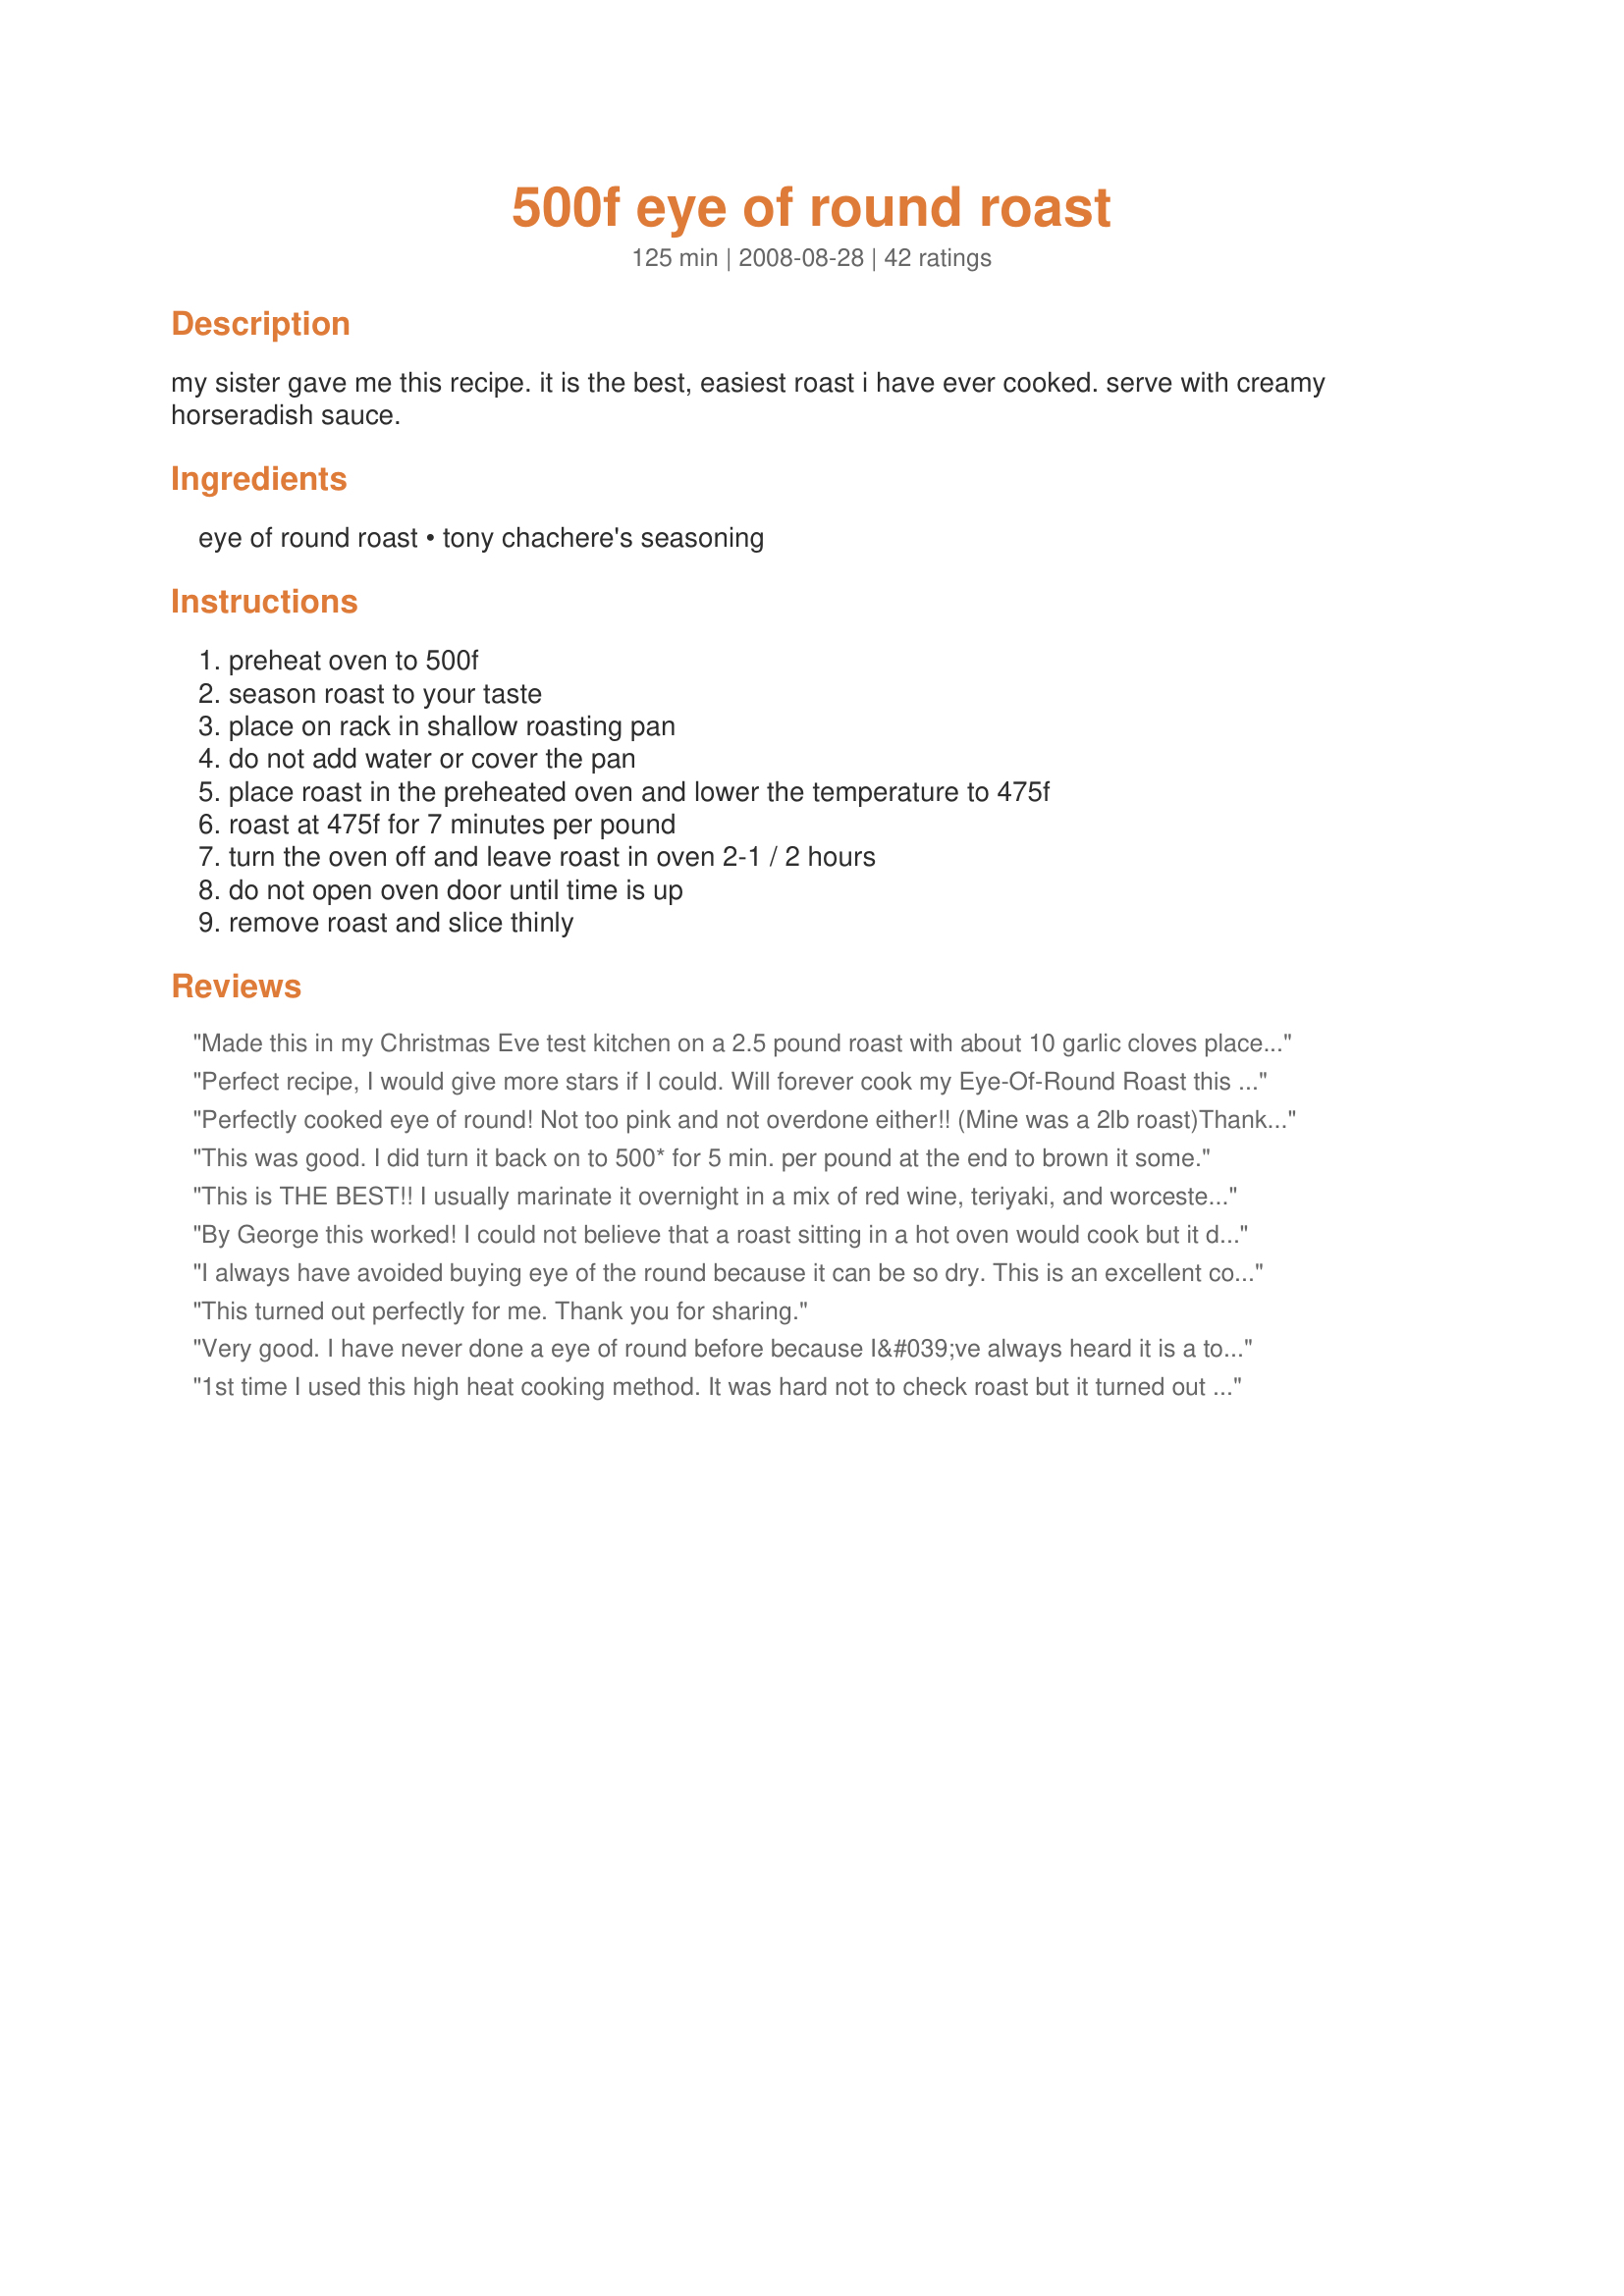
500f eye of round roast
Preparation time: 125 minutes

my sister gave me this recipe. it is the best, easiest roast i have ever cooked. serve with creamy horseradish sauce.

Ingredients:
eye of round roast, tony chachere's seasoning

Steps:
preheat oven to 500f, season roast to your taste, place on rack in shallow roasting pan, do not add water or cover the pan, place roast in the preheated oven and lower the temperature to 475f, roast at 475f for 7 minutes per pound, turn the oven off and leave roast in oven 2-1 / 2 hours, do not open oven door until time is up, remove roast and slice thinly

Reviews:
Made this in my Christmas Eve test kitchen on a 2.5 pound roast with about 10 garlic cloves placed in slices made in top, then rubbed with 3 T fresh rosemary and 1 T cracked pepper and 3 T Famous Dave's Steak Seasoning .... served with horseradish sauce ... this passed the test and is highly likely to be on my Christmas Eve menu .... delish!
Perfect recipe, I would give more stars if I could. Will forever cook my Eye-Of-Round Roast this way.
Perfectly cooked eye of round! Not too pink and not overdone either!! (Mine was a 2lb roast)<br/>Thanks Susie!!
This was good. I did turn it back on to 500* for 5 min. per pound at the end to brown it some.
This is THE BEST!! I usually marinate it overnight in a mix of red wine, teriyaki, and 
worcestershire sauce. The roast is always tender, juicy and pink
on the inside. Great
recipe!!!!
By George this worked! I could not believe that a roast sitting in a hot oven would cook but it did and turned out perfectly moist, tender and pink. I have never been able to make a good medium rare one before. Mine usually were dry and overcooked. No more dry eye roasts for me! I just bought 2 large eye round roasts that I had the butcher cut into 6 small roasts. I am going to do another to make some juicy French dip sandwiches. I seasoned mine with Adobe and Emeril Essence. It was delicious and so very very easy. Thank you Susie!!
I always have avoided buying eye of the round because it can be so dry. This is an excellent cooking method: pink for me and darker for husband.
This turned out perfectly for me. Thank you for sharing.
Very good. I have never done a eye of round before because I&#039;ve always heard it is a tough cut of meat. A local store had eye roasts for a low price so I bought one and found this recipe. I rolled my roast around in some Tony C&#039;s, kosher salt, and black pepper. Just like the pictures my roast came out fantastic, nice and pink warm and juicy. I have always been a chuck roast guy but this was really good kinda like a cheep ever so slightly chewy prime rib thing going on. Left overs made great french dips a couple of days later. Well done Susie
1st time I used this high heat cooking method. It was hard not to check roast but it turned out great. I seared it in hot olive oil first and sprinkled with montreal steak seasoning and garlic salt. I kept the oven at 500* for my 1 1/2 pound roast for 10 minutes. Turned oven off for 1 1/2 hr - hub loved it - was pink in the middle and juicy.
I'm a fan!!! My family loves eye roasts because they are so lean, and our roast was cooked perfectly (and also very juicy). I bought a 2-pound roast because I wasn't sure how it would turn out. My oven has a fan that kicks in when the oven is turned off, and I wasn't sure if the oven would cool off too quickly and cause the roast to be uncooked -- but that was not an issue at all. Next time, I'll make a bigger roast so we have more leftovers for sandwiches. Thanks so much!
Thank you for this great recipe.The roast was just the way we like it moist,tender and medium rare.I prepared it with McCormick's Grill Mates Montreal Steak seasoning.I turned the oven back on at the end for 10min.@350 just to warm slightly.,this is a keeper .Thanks again
My go-to eye of round recipe! I salt/pepper/olive oil the beef sometimes, instead of using Tony C's. Sliced thin, the leftovers make great sandwiches (I do paninis with provolone cheese and rosemary.)
great recipe! Followed the directions exactly, except for the seasoning. I used a pepper seasoning I have, mixed with a bit of cayenne for some heat. Turned out beautiful. I shaved the meat for roast beef sandwiches for the week. Much tastier and healthier and cheaper than buying cold cuts. Hubby is very happy right now! Thank you for sharing this recipe, I will be making it often!
Easy and tastes good. Makes wonderful lean beef slices and works for many recipes later in the week. Cook once and use twice. To brown it more, try 500* for 5 minutes a pound before turning the oven off.
Mmmmmm!!! Roast came out crusty and savory on the outside, butter-tender on the inside. I seasoned with salt and pepper, then brushed w/oil, smart balance, crushed garlic, rosemary and thyme. I also tied mine to shape it before roasting - I assume most people do(?) Tasted like a much more expensive cut. Even the fully cooked end pieces were tender and flavorful. Leftovers are pink enough to reheat without losing texture. Winner!
Wow! What a perfect way to cook an eye roast. This turned out awesome. I rubbed the roast with Adobo and black pepper. It was cooked to perfection, moist and delicious. I'll be looking for eye of round roast sales in the future.
The downside: I actually picked this recipe because I was hoping to recreate a dish that a friend's dad made years back (Mom was given the recipe, lost it, and now he's passed away and the kids don't remember the recipe), but this isn't it. The upside: I love deli roast beef, and now I can make my own at home! I used Lawry's Seasoned Salt instead of the Tony Chachere's Seasoning, but I followed the cooking instructions as written for a 2.3lb roast. The finished roast was nice, juicy and pink inside, perfect to slice thinly for sandwiches later. DH won't touch it because he's Mr. "Very well done, please", but that's his loss. I, on the other hand, like my beef about 5 minutes from mooing, so this is perfection to me (and yes, we cringe at each other's plates when we go to a steakhouse for dinner lol). I'll definitely be making this again, because I think Mom and Dad would love this, too. Thanks for posting! Made for PAC Spring 09
Wow... this worked. I even got worried about the cooking temp (because I was stupid and didn't put the meat therm in before I stuck it in the oven) and re-baked it to a high enough temp for my liking, and it still turned out - maybe not as tender as otherwise, but certainly edible. Yay, I didn't kill the roast...
I first found this recipe on AllRecipes.com; it is the best and easiest way to roast a tough piece of meat making it so tender and delicious.
Tony would be so proud!
I don't have Tony Chachere's Seasoning, so I use McCormick's Grill Mates Montreal Seasoning. This is an awesome recipe! Moist, tender & comes out just the way I like it.
This is going to be well done. Slice it very thin and serve with horseradish sauce and a green salad.
FANTASTC! My family said it was the best roast I ever made. This recipe is a keeper. Thanks! 

Joyce/Mahwah/NJ
This was absolutely awesome! Wasn&#039;t sure how it would work and you do really have to trust the recipe. It cooked perfectly. The only thing I did was after the 2-1/2 hours, was reheat it slightly for about 4 minutes at 350*. This was perhaps the best roast we&#039;ve ever had and delightfully surprised by how it&#039;s cooked. Highly recommend and yes, it does make super delish thin slices for Roast Beef Sandwiches!
Wow!! I never would have thought that this cut of meat could be so tender. Just to let the readers know, I cooked a 10 lb roast, and it worked just as well as a smaller one. This is a great method, thanks for sharing. I would actually serve this to guests, something that I never thought I would do with eye of round. I will share this recipe with my sisters too!
This was the perfect recipe! With the temperature directions, anyways. I cooked a 5-1/4 eye of round roast at 5 minutes per pound, seasoned generously with olive oil, garlic powder, onion powder, salt and pepper. It came out a perfect medium rare, juicy and tender as could be, which I couldn't believe because it's typically such a tough cut of meat. Thanks for a wonderful recipe!
This recipe is perfect for making sandwich roast beef and easy to make.
Love this recipe! Cooks the roast just how i like it, med-rare! I told my friends about this one and they all love it!
This was perfect, except... The roast was only lukewarm after 2 1/2 hrs with the oven off. It was PERFECTLY done and DELICIOUS, but not hot enough....hmmmmm... how to solve this one????
My first review had to be for this super-easy roast! I haven&#039;t made an eye-of-round for ages - my husband and sons hate how dry and chewy they usually are. The roast was just over 2 pounds - followed directions exactly and it was juicy and perfect; tasted like a more expensive cut of beef! There were no leftovers (!), sadly - next time will go with a 3 pounder for next-day sandwiches. Horseradish sauce made it extra yummy &amp; this one has been added to my cookbook!
Was hesitant like others about just leaving it in the oven without checking on it. Turned out great. I had just over 2lbs. I quickly pan seared it, left oven at 500 for 14 min, and in off oven for 1 1/2 hrs. More tender than my usual roasts and between rare and medium rare. Looking forward to the sandwiches to be made with the leftovers. Thanks.
This roast will make you a Sunday dinner hero any day of the week! It&#039;s fool-proof and delish! I season it with Private Selection Cracked Peppercorn Seasoning Rub and serve it with horseradish sour cream sauce on the side. Makes awesome leftovers for sandwiches, wraps, tacos, beef fried rice or strips of beef for stir-fry. Thanks for sharing this awesome recipe!
Perfectly pink inside and outstanding flavor and tenderness. Good job on this recipe. It’s about my 18th time cooking it this way and it’s past time I tell you it’s just right. My husband grew up on eye round and insists on it but with my cooking it’s always been hit and miss... until now. Following your high heat method it has come out perfect and tasty every time. Thanks a lot!
I've used this method twice now when I found this on allrecipes. I plan to use it again today and I found your recipe while searching for a new spice rub combo. The first time it was perfect, the second time just a little overdone. Today I'm going to try 5-6 minutes per pound. I figure I can always cook it longer but I can't uncook it! Maybe it's just my oven but using this methods tends to make the juices platter in the oven...I don't mind but if your oven starts to smoke the next time you use it, that's why ;) UPDATE: I usually use rosemary and montreal seasoning on mine. 5 min per pound was perfect for me because I re-heat the meat a lot. I use this in many different ways: subs with grilled onion and cheese and reheated in gravy over toast...umm.
Just perfect!!!
I tried this on a whim since I had forgotten to start my usual crock pot roast in the morning. Used just a 1 3/4 lb eye of round roast and wish it had been bigger! Probably cooked it a bit long but was still slightly pink in the middle and much more tender than I had anticipated. I rubbed the outside with a homemade steak seasoning that smelled wonderful! Served over garlic smashed potatoes. Will make this one again for sure!
Thank you so much for posting this recipe! This recipe renders a typically tough piece of meat into a delectable and tender piece of beef. It is so easy that my sons (in college and somewhat lazy and very busy) could easily prepare this recipe and have several meals and leftover meat for sandwiches. Sliced thin this would also be great as French Dips. Be sure to know the weight of your roast so that you do not overcook it -- we like medium rare and overcooked it a bit, but it was still excellent. I used ground pepper, granulated garlic, sea salt, parsley and oregano on our roast. Yum! Next time I think I will use a garlic paste along with the other spices. Thanks again Susie Cream Cheese!
I made this the other day and it actually works! I was a little skeptical and worried the entire 2 1/2 hours until I could open the oven. It came out very juicy and tender. The only problem I had was the outside wasn't browned so I had to broil it a bit to give it some color. I will definitely make this again but I will try searing it first and then maybe adjust the time to compensate so it doesn't overcook.
"PERFECT" I had a 3 pound eye of round and made as written and I seasoned it all over with "Cavender's all Purpose Greek Seasoning (salt free) and baked for 30 minutes at the 475?F mark before turning the oven off and left it in the close oven for the recommended 2 1/2 hours and as I said it came out "perfect". Juicy, tender and full of great flavor. Thanks for posting this keeper! Made for the "Down on the Farm" Photo Tag 2012.
I can not believe how tender this came out. I generously coated in Montreal Steak Seasoning about 2 hours before cooking, then a sprinkling of Morton's Kosher Salt just before it went in. Like another reviewer I cooked at 500 for 5 minutes per pound and then left it turned off and closed for 2.5 hrs. At the end I gave it a quick rotation under the broiler to give some heat and crisping. It came out perfectly medium rare, warm pink center. I still can't believe it was an eye round. I can't wait for the roast beef sandwiches!
Absolutely fantastic! I'd accidentally picked up 2 1/2 lb eye of round at the store last week. I'd meant to get a chuck roast to grind for burgers. Since it's such a lean piece of meat, I knew burgers wouldn't work and was happy to find this recipe. Honestly, I didn't have great expectations because it's such an inexpensive cut of meat and, well, the cooking method seemed odd.

But this was awesome, and so very simple! I was kind of worried about moistness, so I brined the beef for a couple of hours. Then, instead of Tony Cachere's, I rubbed garlic powder, onion powder, thyme, chili powder, salt and pepper into the meat. Followed the cooking directions, cutting it down to 16 minutes at 475F due to the size of my roast, and kept my fingers crossed. The result was a tender, perfectly cooked, very flavorful piece of meat which, when thinly sliced, was one of the best roasts I've ever made. Thank you so much for sharing, Susie!!!
